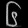
Digit: ၆